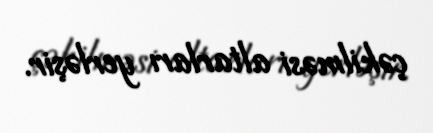
çəkilməsi altarları yerləşir.